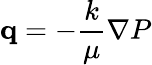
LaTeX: {\mathbf q}=-\frac{k}{\mu}\nabla P